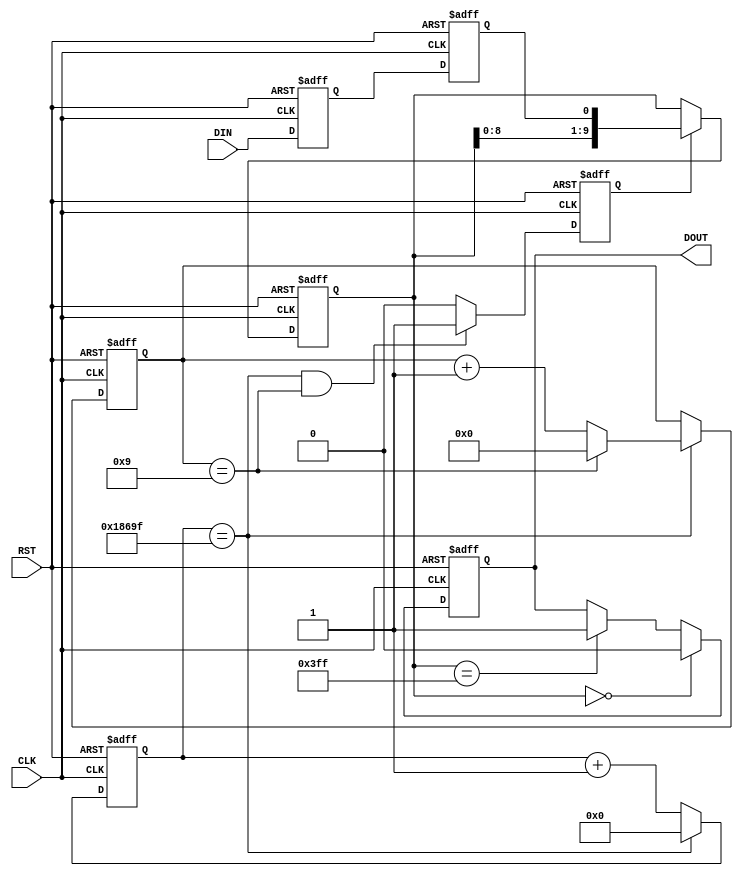
module DECATTER #(
    parameter                           P_1MS_CNT  = 100000,    /* = (1 ms) / (T of CLK [ms]) */
    parameter                           P_N_10MS   = 10         /* Switch output when input is stable for P_N_10MS [x10ms] */
) (
    input  wire                         CLK,
    input  wire                         RST,                    /* Active high */
    input  wire                         DIN,
    output reg                          DOUT                    /* Result valid. 1 clock pulse */
);

/********************************************************************************/
/**** Functions *****************************************************************/
/********************************************************************************/
function integer min_bw (input integer n);    /* Minimum required bit width for n */
    integer cnt;
    integer n_shift;
begin    
    cnt = 0;
    n_shift = n;

    while (n_shift > 0) begin
        n_shift = n_shift >> 1;
        cnt = cnt + 1;
    end
    
    min_bw = cnt;
end
endfunction

/********************************************************************************/
/**** Local parameters **********************************************************/
/********************************************************************************/

localparam                  P_BW_CNT = min_bw(P_1MS_CNT - 1);   /* Bit width of 1ms counter */
localparam [P_BW_CNT - 1:0] P_CNT_MAX = P_1MS_CNT - 1;          /* 1ms counte max value */


/********************************************************************************/
/**** Signals *******************************************************************/
/********************************************************************************/

/* Make 1ms & 10ms */
reg [P_BW_CNT - 1:0]                    cnt_1ms;                /* 1ms counter */
reg [3:0]                               cnt_10ms;               /* 10ms counter */
reg                                     tim_10ms;               /* 10ms timing pulse */

/* Input synchronizer */
reg                                     din_ff1;
reg                                     din_ff2;

/* Latch input onece in 10 ms */
reg [P_N_10MS - 1:0]                    din_lat;


/********************************************************************************/
/**** Behaviour *****************************************************************/
/********************************************************************************/

/* Make 1ms & 10ms */
always @ (posedge CLK or posedge RST) begin
    if (RST) begin
        cnt_1ms <=  {P_BW_CNT{1'b0}};
    end else begin
        if (cnt_1ms == P_CNT_MAX)
            cnt_1ms <=  {P_BW_CNT{1'b0}};
        else
            cnt_1ms <=  cnt_1ms + 1'b1;
    end
end

always @ (posedge CLK or posedge RST) begin
    if (RST) begin
        cnt_10ms <=  4'd0;
    end else begin
        if (cnt_1ms == P_CNT_MAX)
            if (cnt_10ms == 4'd9)
                cnt_10ms <=  4'd0;
            else
                cnt_10ms <=  cnt_10ms + 1'b1;
        else
            cnt_10ms <=  cnt_10ms;
    end
end

always @ (posedge CLK or posedge RST) begin
    if (RST) begin
        tim_10ms <=  1'b0;
    end else begin
        if ((cnt_1ms == P_CNT_MAX) && (cnt_10ms == 4'd9))
            tim_10ms <=  1'b1;                              /* 1-clk pulse in 10 ms */
        else
            tim_10ms <=  1'b0;
    end
end


/* Input synchronizer */
always @ (posedge CLK or posedge RST) begin
    if (RST) begin
        din_ff1 <=  1'b0;
        din_ff2 <=  1'b0;
    end else begin
        din_ff1 <=  DIN;
        din_ff2 <=  din_ff1;
    end
end


/* Latch input onece in 10 ms */
always @ (posedge CLK or posedge RST) begin
    if (RST) begin
        din_lat <=  {P_N_10MS{1'b0}};
    end else begin
        if (tim_10ms == 1'b1)
            din_lat <=  {din_lat[P_N_10MS - 2:0], din_ff2};
        else
            din_lat <=  din_lat;
    end
end


/* Output */
always @ (posedge CLK or posedge RST) begin
    if (RST) begin
        DOUT <=  1'b0;
    end else begin
        if (din_lat == {P_N_10MS{1'b0}})
            DOUT <=  1'b0;
        else
            if (din_lat == {P_N_10MS{1'b1}})
                DOUT <=  1'b1;
            else
                DOUT <=  DOUT;
    end
end


endmodule